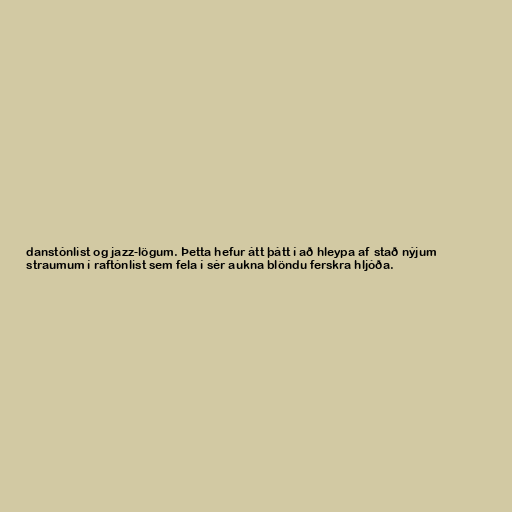
danstónlist og jazz-lögum. Þetta hefur átt þátt í að hleypa af stað nýjum
straumum í raftónlist sem fela í sér aukna blöndu ferskra hljóða.